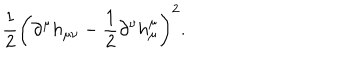
\frac { 1 } { 2 } \left( \partial ^ { \mu } h _ { \mu \nu } - \frac { 1 } { 2 } \partial ^ { \nu } h _ { \mu } ^ { \mu } \right) ^ { 2 } .